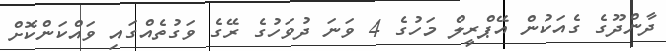
ދާންދޫގެ ގެއަކުން އޭޕްރީލް މަހުގެ 4 ވަނަ ދުވަހުގެ ރޭގެ ވަގުތެއްގައި ވައްކަންކޮށް